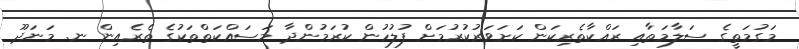
މަގުމަތީގެ ސަލާމަތާއި ރައްކާތެރިކަން ކަށަވަރުކުރުމަށް ފުލުހުން ކުރަމުންދާ މަސައްކަތްތަކުގެ ތެރެއިން ނ. މަނަދޫ